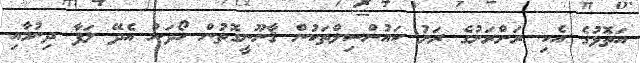
އަތޮޅުގެ އެކި ރަށްރަށުގެ ރަށު ކައުންސިލްތަކުން ޤާނޫނީގޮތުން ހޯދަން އެދޭ ލަފާ ދިނުމާއި